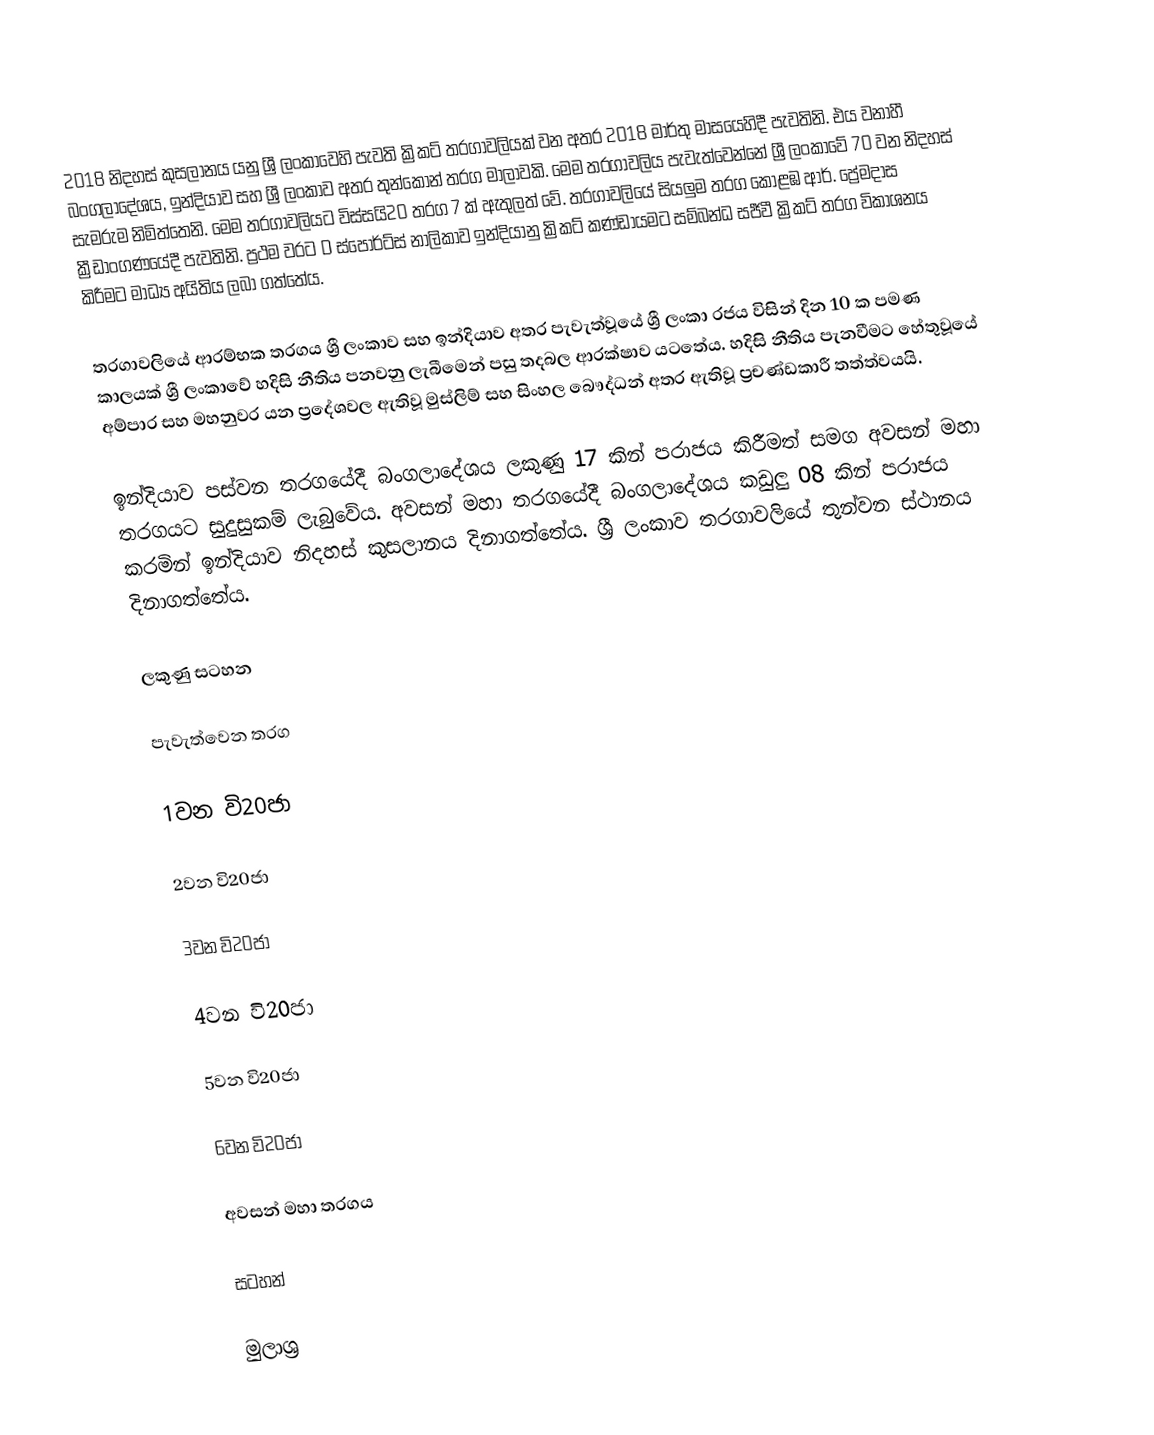
2018 නිදහස් කුසලානය යනු ශ්‍රී ලංකාවෙහි පැවති ක්‍රිකට් තරගාවලියක් වන අතර 2018 මාර්තු මාසයෙහිදී පැවතිනි. එය වනාහී බංගලාදේශය, ඉන්දියාව සහ ශ්‍රී ලංකාව අතර තුන්කොන් තරග මාලාවකි. මෙම තරගාවලිය පැවැත්වෙන්නේ ශ්‍රී ලංකාවේ 70 වන නිදහස් සැමරුම නිමිත්තෙනි. මෙම තරගාවලියට විස්සයි20 තරග 7 ක් ඇතුලත් වේ. තරගාවලියේ සියලුම තරග කොළඹ ආර්. ප්‍රේමදාස ක්‍රීඩාංගණයේදී පැවතිනි. ප්‍රථම වරට D ස්පෝර්ට්ස් නාලිකාව ඉන්දියානු ක්‍රිකට් කණ්ඩායමට සම්බන්ධ සජීවී ක්‍රිකට් තරග විකාශනය කිරීමට මාධ්‍ය අයිතිය ලබා ගත්තේය.

තරගාවලියේ ආරම්භක තරගය ශ්‍රී ලංකාව සහ ඉන්දියාව අතර පැවැත්වූයේ ශ්‍රී ලංකා රජය විසින් දින 10 ක පමණ කාලයක් ශ්‍රී ලංකාවේ හදිසි නීතිය පනවනු ලැබීමෙන් පසු තදබල ආරක්ෂාව යටතේය. හදිසි නීතිය පැනවීමට හේතුවූයේ අම්පාර සහ මහනුවර යන ප්‍රදේශවල ඇතිවූ මුස්ලිම් සහ සිංහල බෞද්ධන් අතර ඇතිවූ ප්‍රචණ්ඩකාරී තත්ත්වයයි.

ඉන්දියාව පස්වන තරගයේදී බංගලාදේශය ලකුණු 17 කින් පරාජය කිරීමත් සමග අවසන් මහා තරගයට සුදුසුකම් ලැබුවේය. අවසන් මහා තරගයේදී බංගලාදේශය කඩුලු 08 කින් පරාජය කරමින් ඉන්දියාව නිදහස් කුසලානය දිනාගත්තේය. ශ්‍රී ලංකාව තරගාවලියේ තුන්වන ස්ථානය දිනාගත්තේය.

ලකුණු සටහන

පැවැත්වෙන තරග

1වන වි20ජා

2වන වි20ජා

3වන වි20ජා

4වන වි20ජා

5වන වි20ජා

6වන වි20ජා

අවසන් මහා තරගය

සටහන්

මුලාශ්‍ර